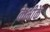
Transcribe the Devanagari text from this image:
केभीके